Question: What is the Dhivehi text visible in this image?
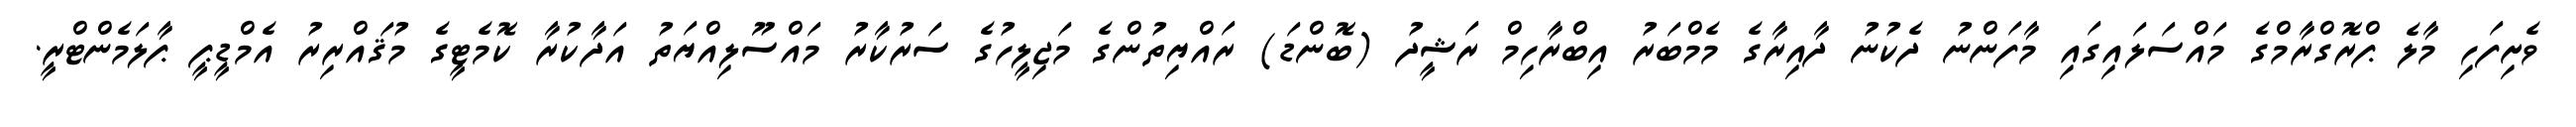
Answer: ވެށިފަހި މާލެ ޕްރޮގްރާމްގެ މައްސަލައިގައި މާފަންނު ދެކުނު ދާއިރާގެ މެމްބަރު އިބްރާހިމް ރަޝީދު (ބޮންޑަ) ރައްޔިތުންގެ މަޖިލީހުގެ ސަރުކާރު މައްސޫލިއްޔަތު އަދާކުރާ ކޮމެޓީގެ މުޤައްރިރު އެމްޑީޕީ ޕާލަމެންޓްރީ.